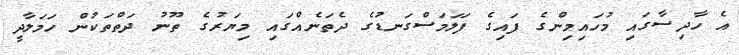
އެ ހާދިސާގައި މުހައިމިންގެ ފައިގެ ފަލަމަސްގަނޑުގެ ދެތަނެއްގައި މިޔަރުގެ ތޫނު ދަތްތަކުން ހަމަލާދީ